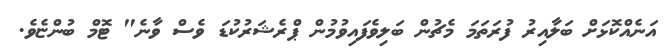
އަނެއްކޮޅަށް ބަލާއިރު ފުރަތަމަ މެޗުން ބަލިވެފައިވުމުން ޕްރެޝަރުކުޑަ ވެސް ވާނެ" ޓޮމް ބުންޏެވެ.